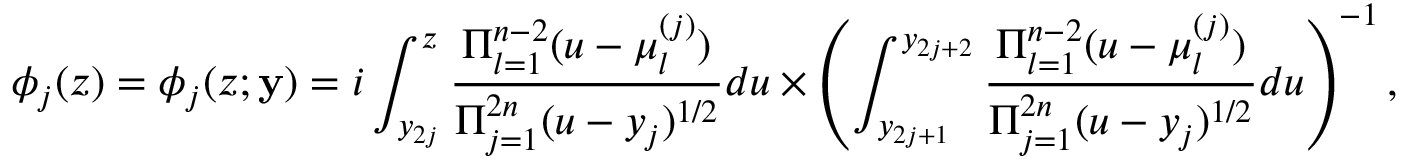
\phi _ { j } ( z ) = \phi _ { j } ( z ; \mathbf { y } ) = i \int _ { y _ { 2 j } } ^ { z } \frac { \Pi _ { l = 1 } ^ { n - 2 } ( u - \mu _ { l } ^ { ( j ) } ) } { \Pi _ { j = 1 } ^ { 2 n } ( u - y _ { j } ) ^ { 1 / 2 } } d u \times \left( \int _ { y _ { 2 j + 1 } } ^ { y _ { 2 j + 2 } } \frac { \Pi _ { l = 1 } ^ { n - 2 } ( u - \mu _ { l } ^ { ( j ) } ) } { \Pi _ { j = 1 } ^ { 2 n } ( u - y _ { j } ) ^ { 1 / 2 } } d u \right) ^ { - 1 } ,